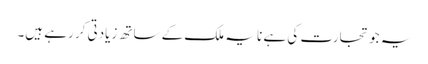
یہ جو تجارت کی ہے نا یہ ملک کے ساتھ زیادتی کر رہے ہیں۔